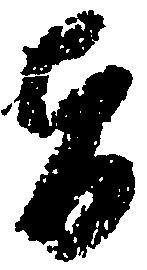
旨